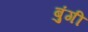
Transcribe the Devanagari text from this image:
बुंगी